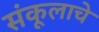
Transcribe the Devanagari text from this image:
संकूलाचे